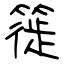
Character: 簁